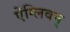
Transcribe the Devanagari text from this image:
ऐंग्लिवन्